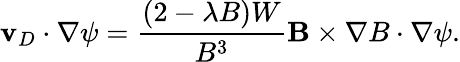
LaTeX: \mathbf{v}_{D}\cdot\nabla\psi=\frac{(2-\lambda B)W}{B^{3}}\mathbf{B}\times\nabla B\cdot\nabla\psi.